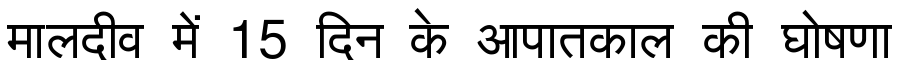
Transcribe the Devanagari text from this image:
मालदीव में 15 दिन के आपातकाल की घोषणा